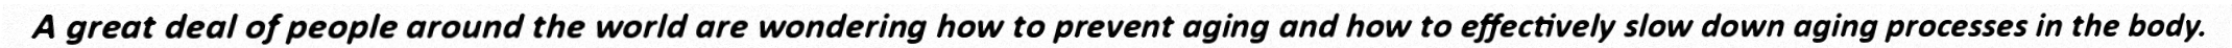
A great deal of people around the world are wondering how to prevent aging and how to effectively slow down aging processes in the body.